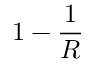
1 - \frac { 1 } { R }